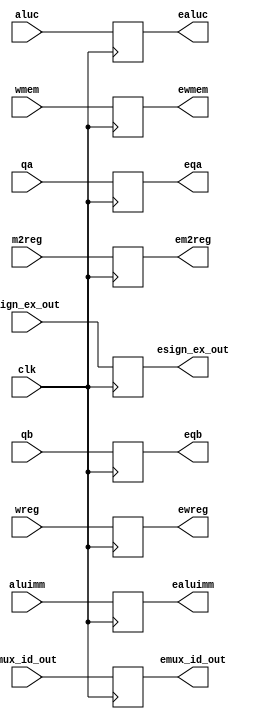
`timescale 1ns / 1ps
//////////////////////////////////////////////////////////////////////////////////
// Company: 
// Engineer: 
// 
// Design Name: junwoo seo
// Module Name: IDEXE_
// Project Name: mips
// Target Devices: 
// Tool Versions: 
// Description: 
// 
// Dependencies: 
// 
// Revision:
// Revision 0.01 - File Created
// Additional Comments:
// 
//////////////////////////////////////////////////////////////////////////////////


module IDEXE_(
    input clk,
    input  wreg, m2reg, wmem, aluimm,
    input  [3:0] aluc,
    input  [4:0] mux_id_out,
    input  [31:0] sign_ex_out,
    input  [31:0] qa, qb,
    output reg ewreg, em2reg, ewmem, ealuimm,
    output reg [3:0] ealuc,
    output reg [4:0] emux_id_out,
    output reg [31:0] esign_ex_out,
    output reg [31:0] eqa, eqb
    );

    always@(posedge clk)
    begin
    ewreg = wreg;
    em2reg = m2reg;
    ewmem =wmem;
    ealuimm = aluimm;
    ealuc =aluc;
    emux_id_out =mux_id_out;
    esign_ex_out =sign_ex_out;
    eqa=qa;
    eqb=qb;
    end
    
endmodule